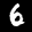
Label: 6